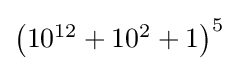
\textstyle \left(10^{12}+10^{2}+1\right)^{5}